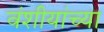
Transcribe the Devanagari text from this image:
वंशीयांच्या